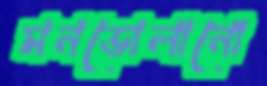
মনভোলানো